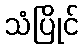
သံပြိုင်